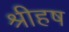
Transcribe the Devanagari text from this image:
श्रीहष